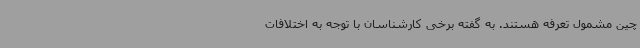
چین مشمول تعرفه هستند. به گفته برخی کارشناسان با توجه به اختلافات